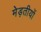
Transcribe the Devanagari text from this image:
मेड़तीयों